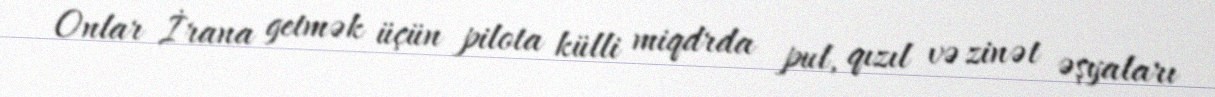
Onlar İrana getmək üçün pilota külli miqdrda pul, qızıl və zinət əşyaları